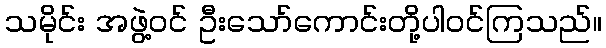
သမိုင်း အဖွဲ့ဝင် ဦးသော်ကောင်းတို့ပါဝင်ကြသည်။